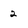
Character: 2